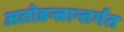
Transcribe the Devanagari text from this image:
अतोडन्त्रान्तर्गत